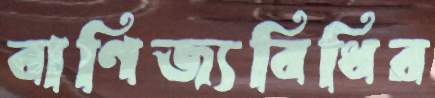
বাণিজ্যবিধির